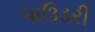
પાઉડરી